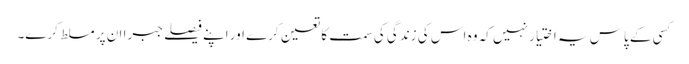
کسی کے پاس یہ اختیار نہیں کہ وہ اس کی زندگی کی سمت کا تعین کرے اور اپنے فیصلے جبرا ان پر مسلط کرے۔